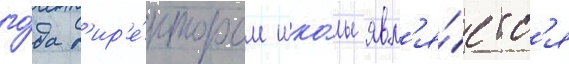
го́да д'ир'е́ктором шко́лы явл'я́етс'я